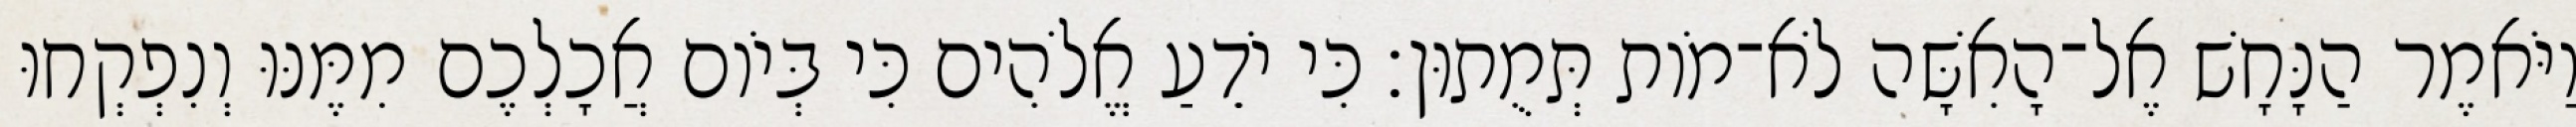
וַיֹּאמֶר הַנָּחָשׁ אֶל־הָאִשָּׁה לֹא־מֹות תְּמֻתוּן׃ כִּי יֹדֵעַ אֱלֹהִים כִּי בְּיֹום אֲכָלְכֶם מִמֶּנּוּ וְנִפְקְחוּ